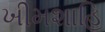
ખીમશાહિ